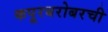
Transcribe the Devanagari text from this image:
कपूरबरोबरची